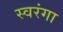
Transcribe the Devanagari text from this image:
स्वरंगा